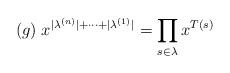
LaTeX: \begin{align*}(g)\; x^{|\lambda^{(n)}|+\cdots+|\lambda^{(1)}|} = \prod_{s\in \lambda} x^{T(s)} \end{align*}